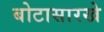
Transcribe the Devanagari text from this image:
बोटासारखे